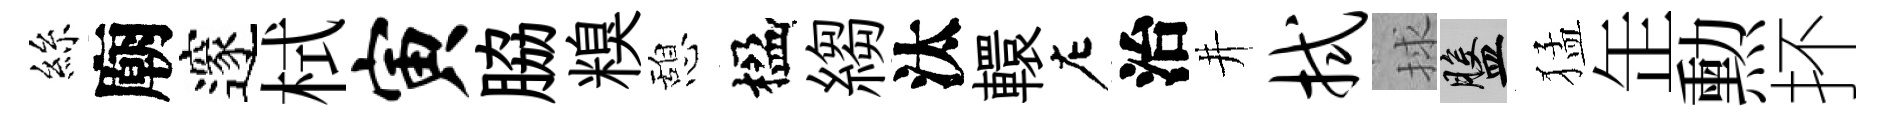
絲廟邃栻寅脇糗憩楹縐汰轘左治井拭捄盤猛𦈢勲抔